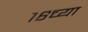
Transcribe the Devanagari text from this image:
१६च्या